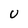
Character: U